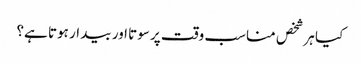
کیا ہر شخص مناسب وقت پر سوتا اور بیدار ہوتا ہے؟